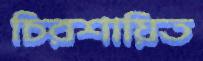
চিরশায়িত